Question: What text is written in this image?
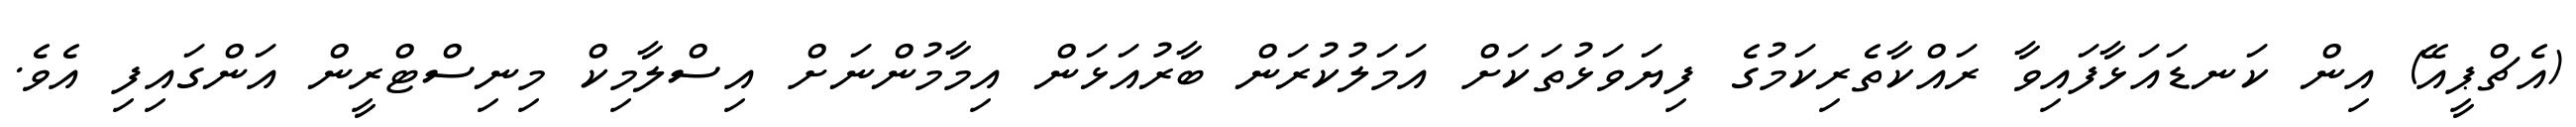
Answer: (އެޗްޕީއޭ) އިން ކަނޑައަޅާފައިވާ ރައްކާތެރިކަމުގެ ފިޔަވަޅުތަކަށް އަމަލުކުރަން ބާރުއަޅަން އިމާމުންނަށް އިސްލާމިކް މިނިސްޓްރީން އަންގައިފި އެވެ.